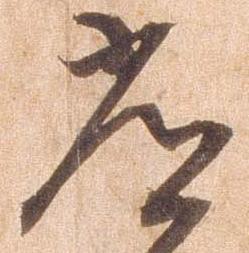
常